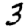
Digit: 3